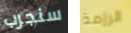
سنجرب الرزمة